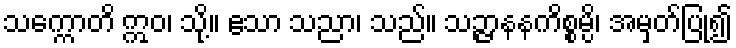
သက္ကောတိ ဣဝ၊ သို့။ ဧသာ သညာ၊ သည်။ သဉ္ဇာနနကိစ္စမ္ပိ၊ အမှတ်ပြု၍